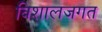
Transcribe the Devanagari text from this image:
विशालजगत